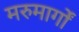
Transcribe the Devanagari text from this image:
मरुमार्गों